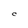
Character: C